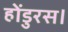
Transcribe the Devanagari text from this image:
होंडुरस।